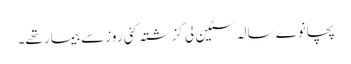
پچانوے سالہ سٹین لی گزشتہ کئی روز سے بیمار تھے۔